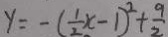
y = - ( \frac { 1 } { 2 } x - 1 ) ^ { 2 } + \frac { 9 } { 2 }